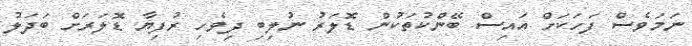
ނަމަވެސް ފަހަކަށް އައިސް ބޭންކުތަކުން ޑޮލަރު ނުލިބި ދިވެހި ރުފިޔާ ޑޮލަރަށް ބަދަލު